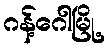
ဂန့်ဂေါမြို့